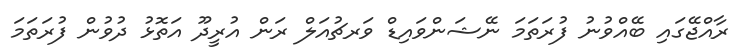
ރާއްޖޭގައި ބޭއްވުނު ފުރަތަމަ ނޭޝަންވައިޑް ވަރޗުއަލް ރަން އުރީދޫ އަތޮޅު ދުވުން ފުރަތަމަ